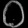
Digit: ၀